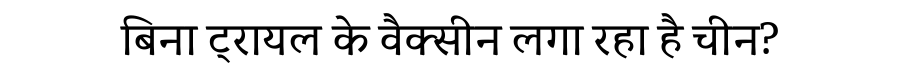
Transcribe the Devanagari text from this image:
बिना ट्रायल के वैक्सीन लगा रहा है चीन?